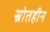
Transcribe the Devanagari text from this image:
स्रोतहीन